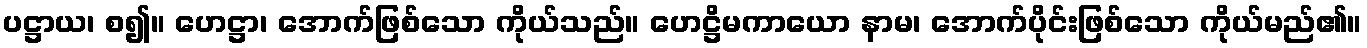
ပဋ္ဌာယ၊ စ၍။ ဟေဋ္ဌာ၊ အောက်ဖြစ်သော ကိုယ်သည်။ ဟေဋ္ဌိမကာယော နာမ၊ အောက်ပိုင်းဖြစ်သော ကိုယ်မည်၏။